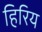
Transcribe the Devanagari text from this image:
हिरिय